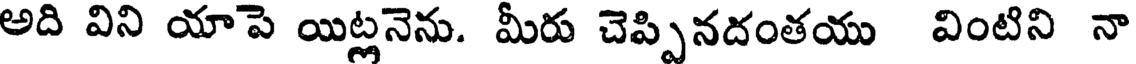
అది విని యాపె యిట్లనెను. మీరు చెప్పినదంతయు వింటిని నా